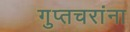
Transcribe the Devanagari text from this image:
गुप्तचरांना